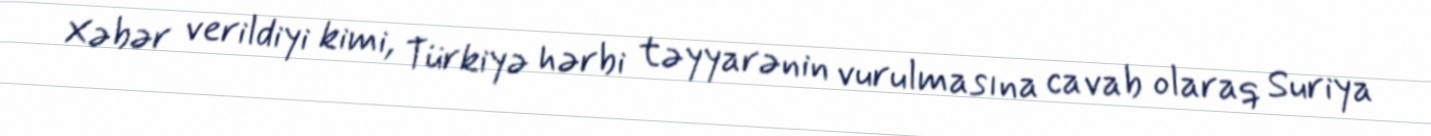
Xəbər verildiyi kimi, Türkiyə hərbi təyyarənin vurulmasına cavab olaraq Suriya